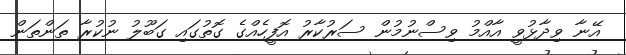
އޭނާ ވިދާޅުވީ އާއްމު ވިސްނުމުން ސަރުކާރު އޮފީހެއްގެ ގޮތުގައި ގަބޫލު ނުކުރާ ތަންތަން